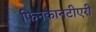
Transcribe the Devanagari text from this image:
फिनकानटीएरी